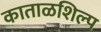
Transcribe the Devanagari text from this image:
काताळशिल्प